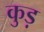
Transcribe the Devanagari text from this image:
कुड़